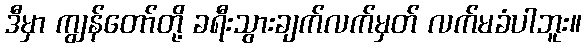
ဒီမှာ ကျွန်တော်တို့ ခရီးသွားချက်လက်မှတ် လက်မခံပါဘူး။